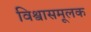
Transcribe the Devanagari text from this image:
विश्वासमूलक